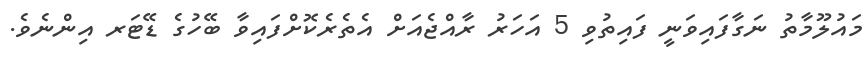
މައުލޫމާތު ނަގާފައިވަނީ ފައިތުވި 5 އަހަރު ރާއްޖެއަށް އެތެރެކޮށްފައިވާ ބޭހުގެ ޑޭޓަރ އިންނެވެ.